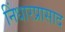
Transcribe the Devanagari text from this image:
निंधारप्रासाद